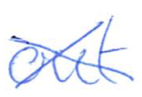
Text: out
Cross-out: cross
Writing tool: ballpoint